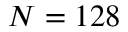
N = 1 2 8